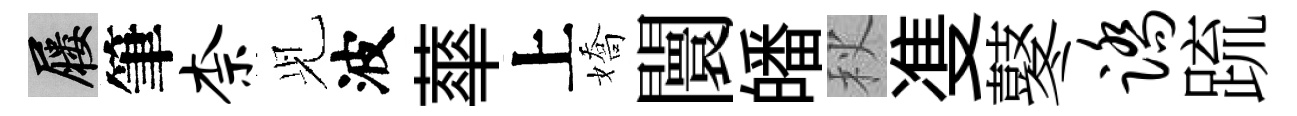
屨筆柰𫤗波蕐上嬌闤皤秋㕠鼕踏䟽